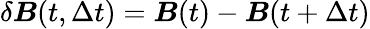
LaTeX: \delta\boldsymbol{B}(t,\Delta t)=\boldsymbol B(t)-\boldsymbol B(t+\Delta t)